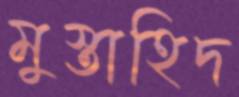
মুস্তাহিদ